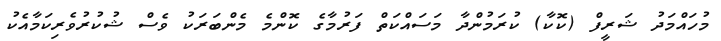
މުހައްމަދު ޝަރީފް (ކޮކާ) ކުރަމުންދާ މަސައްކަތް ފަރުމާގެ ކޮންމެ މެންބަރަކު ވެސް ޝުކުރުވެރިކަމާއެކު